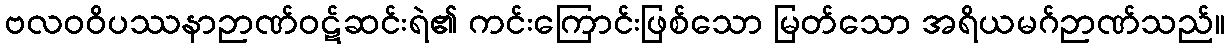
ဗလဝဝိပဿနာဉာဏ်ဝဋ်ဆင်းရဲ၏ ကင်းကြောင်းဖြစ်သော မြတ်သော အရိယမဂ်ဉာဏ်သည်။